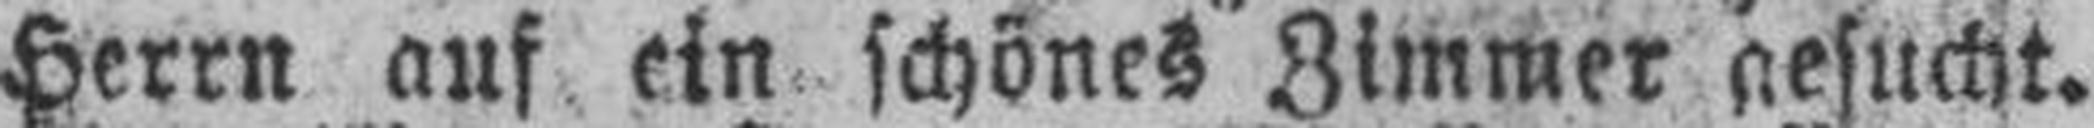
Herrn auf ein schönes Zimmer gesucht.